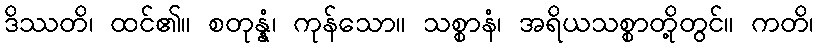
ဒိဿတိ၊ ထင်၏။ စတုန္နံ၊ ကုန်သော။ သစ္စာနံ၊ အရိယသစ္စာတို့တွင်။ ကတိ၊